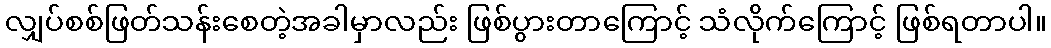
လျှပ်စစ်ဖြတ်သန်းစေတဲ့အခါမှာလည်း ဖြစ်ပွားတာကြောင့် သံလိုက်ကြောင့် ဖြစ်ရတာပါ။